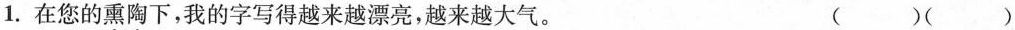
1.在您的\underset{·}{熏}\underset{·}{陶}下，我的字写得越来越\underset{·}{漂}\underset{·}{亮}，越来越大气。 ( )( )